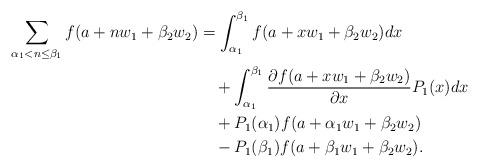
LaTeX: \begin{align*}\begin{aligned}\sum_{\alpha_1<n\leq \beta_1}f(a+nw_1+\beta_2w_2)&=\int_{\alpha_1}^{\beta_1}f(a+xw_1+\beta_2w_2) dx \\&\quad+\int_{\alpha_1}^{\beta_1}\frac{\partial f(a+xw_1+\beta_2w_2)}{\partial x}P_1(x) dx \\&\quad+P_1(\alpha_1)f(a+\alpha_1w_1+\beta_2w_2) \\&\quad-P_1(\beta_1)f(a+\beta_1w_1+\beta_2w_2).\end{aligned}\end{align*}